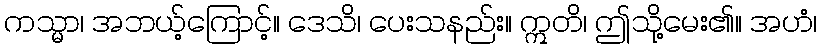
ကသ္မာ၊ အဘယ့်ကြောင့်။ ဒေသိ၊ ပေးသနည်း။ ဣတိ၊ ဤသို့မေး၏။ အဟံ၊